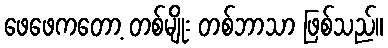
ဖေဖေကတော့ တစ်မျိုး တစ်ဘာသာ ဖြစ်သည်။